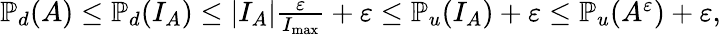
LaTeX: \begin{array}{r}{\mathbb{P}_{d}\! \left(A\right)\leq\mathbb{P}_{d}\! \left(I_{A}\right)\leq|I_{A}|\frac{\varepsilon}{I_{\operatorname*{max}}}+\varepsilon\leq\mathbb{P}_{u}\! \left(I_{A}\right)+\varepsilon\leq\mathbb{P}_{u}\! \left(A^{\varepsilon}\right)+\varepsilon,}\end{array}